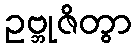
ဥဗ္ဘုဇိတွာ